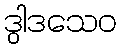
ဒွါဒသေဝ